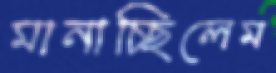
মানাচ্ছিলেম